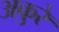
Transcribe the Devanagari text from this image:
अकुरे